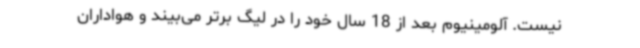
نیست. آلومینیوم بعد از 18 سال خود را در لیگ برتر می‌بیند و هواداران